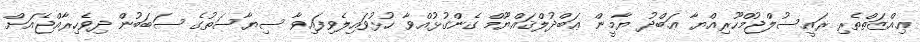
ޢިއްޒަތްތެރި ރައީސުލްޖުމްހޫރިއްޔާ ޢަބްދު ޔާމީން ޢަބްދުލްޤައްޔޫމް ގެންގުޅުއްވާ ހުޅުވައިލެވިފައިވާ ސިޔާސަތުގެ ސަބަބުން ދިވެހިރާއްޖެއަށް